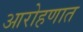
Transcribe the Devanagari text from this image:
आरोहणात